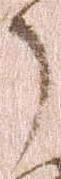
了